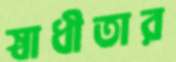
স্বাধীতার